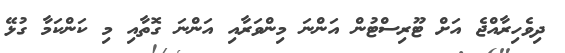
ދިވެހިރާއްޖެ އަށް ޓޫރިސްޓުން އަންނަ މިންވަރާއި އަންނަ ގޮތާއި މި ކަންކަމާ ގުޅޭ